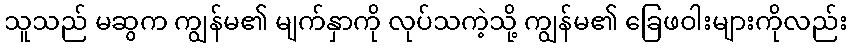
သူသည် မဆွက ကျွန်မ၏ မျက်နှာကို လုပ်သကဲ့သို့ ကျွန်မ၏ ခြေဖဝါးများကိုလည်း